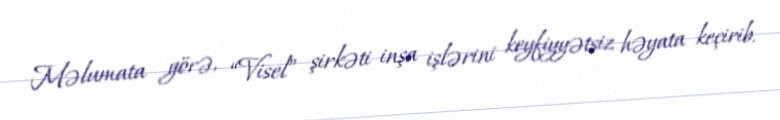
Məlumata görə, “Visel” şirkəti inşa işlərini keyfiyyətsiz həyata keçirib.